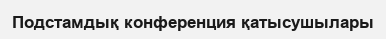
Подстамдық конференция қатысушылары